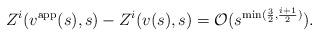
LaTeX: \begin{align*} Z^i(v^\mathrm{app}(s),s)-Z^i(v(s),s) = \mathcal O(s^{\min(\frac 32, \frac{i+1}2)}).\end{align*}